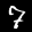
Label: 7